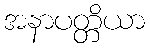
အနာပတ္တိယာ